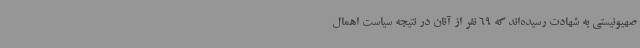
صهیونیستی به شهادت رسیده‌اند که 69 نفر از آنان در نتیجه سیاست اهمال